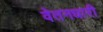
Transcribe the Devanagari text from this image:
वेतनधारी